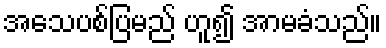
အသေပစ်ပြမည် ဟူ၍ အာမခံသည်။